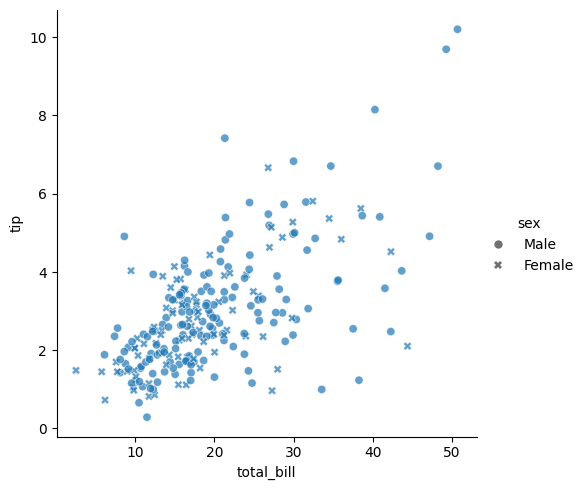
python, seaborn, relplot, alpha=0.7